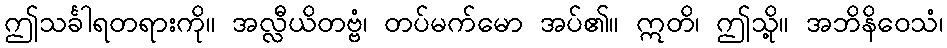
ဤသင်္ခါရတရားကို။ အလ္လီယိတဗ္ဗံ၊ တပ်မက်မော အပ်၏။ ဣတိ၊ ဤသို့။ အဘိနိဝေသံ၊